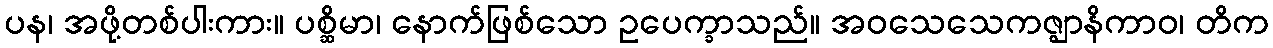
ပန၊ အဖို့တစ်ပါးကား။ ပစ္ဆိမာ၊ နောက်ဖြစ်သော ဥပေက္ခာသည်။ အဝသေသေကဇ္ဈာနိကာဝ၊ တိက